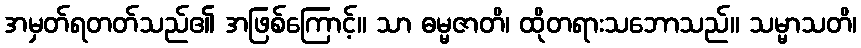
အမှတ်ရတတ်သည်၏ အဖြစ်ကြောင့်။ သာ ဓမ္မဇာတိ၊ ထိုတရားသဘောသည်။ သမ္မာသတိ၊